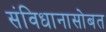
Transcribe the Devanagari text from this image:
संविधानासोबत